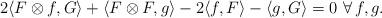
LaTeX: \begin{align*} 2\langle F\otimes f,G\rangle + \langle F\otimes F,g\rangle - 2\langle f,F\rangle - \langle g,G\rangle =0\ \forall\, f,g.\end{align*}